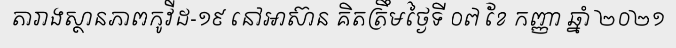
តារាងស្ថានភាពកូវីដ-១៩ នៅអាស៊ាន គិតត្រឹមថ្ងៃទី ០៧ ខែ កញ្ញា ឆ្នាំ ២០២១